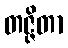
တဇ္ဇိတာ